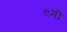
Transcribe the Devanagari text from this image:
९मी